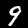
Label: 9